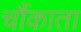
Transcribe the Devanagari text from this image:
चौंकाता